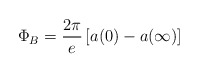
\begin{align*}\Phi _B=\frac{2\pi }e\left[ a(0)-a(\infty )\right]\end{align*}